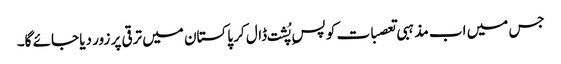
جس میں اب مذہبی تعصبات کو پسِ پُشت ڈال کر پاکستان میں ترقی پر زور دیا جائے گا۔